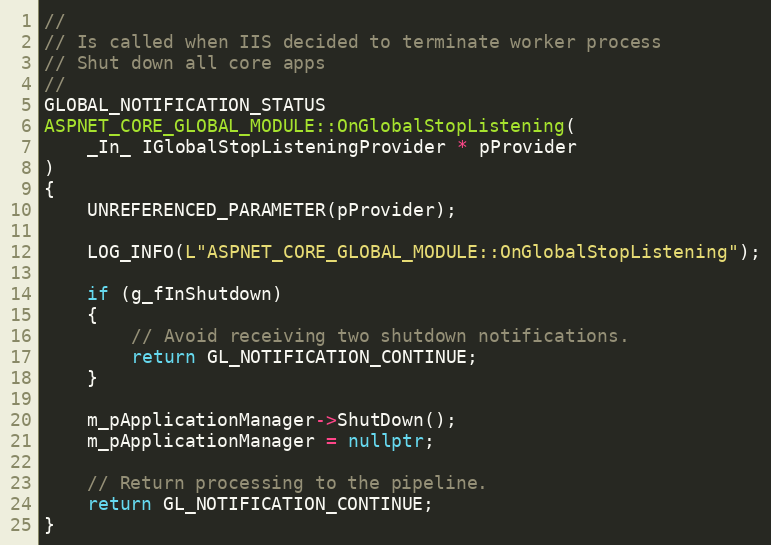
Language: C++
//
// Is called when IIS decided to terminate worker process
// Shut down all core apps
//
GLOBAL_NOTIFICATION_STATUS
ASPNET_CORE_GLOBAL_MODULE::OnGlobalStopListening(
    _In_ IGlobalStopListeningProvider * pProvider
)
{
    UNREFERENCED_PARAMETER(pProvider);

    LOG_INFO(L"ASPNET_CORE_GLOBAL_MODULE::OnGlobalStopListening");

    if (g_fInShutdown)
    {
        // Avoid receiving two shutdown notifications.
        return GL_NOTIFICATION_CONTINUE;
    }

    m_pApplicationManager->ShutDown();
    m_pApplicationManager = nullptr;

    // Return processing to the pipeline.
    return GL_NOTIFICATION_CONTINUE;
}